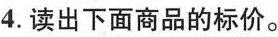
4.读出下面商品的标价。